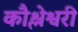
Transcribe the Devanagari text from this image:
कौश्लेश्वरी